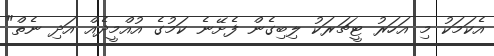
އެކަމަކު މި އަހަރު ޓީޗަރަކު ލިބިގެން ފެށޭނެ ކަމުގެ އުއްމީދެއް އަދި ނެތް"